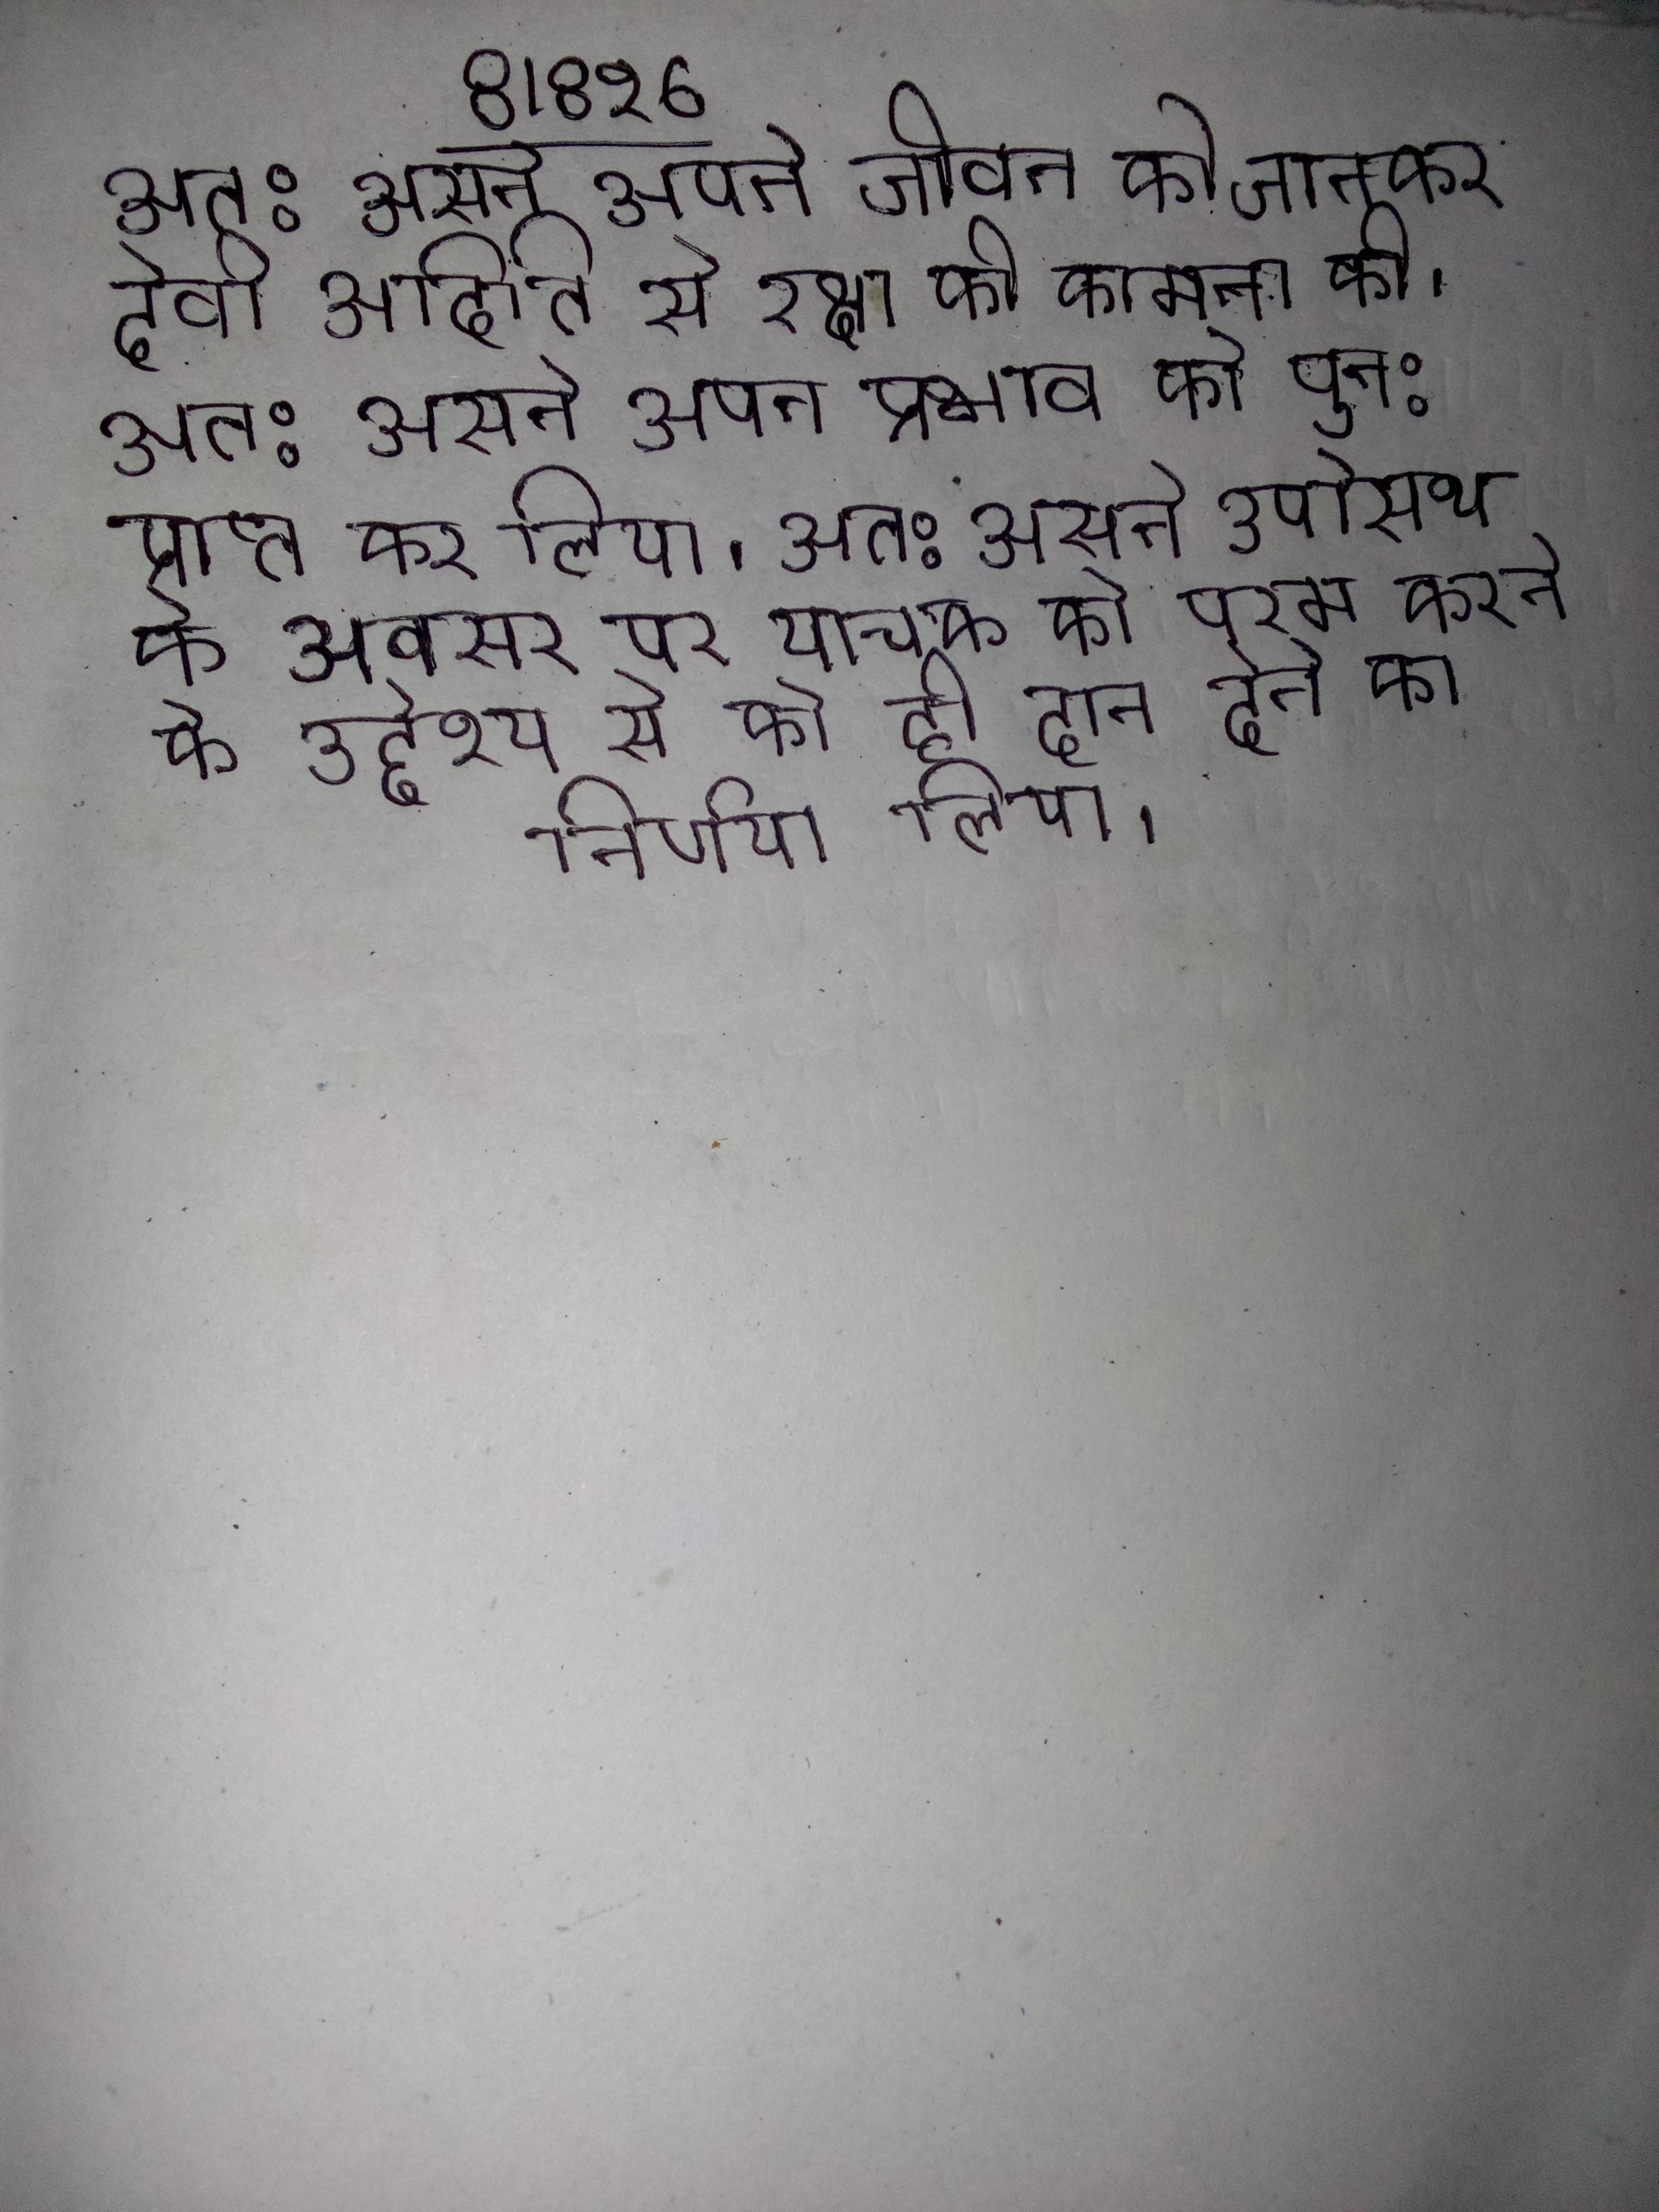
अत: उसने अपने जीवन को जानकर देवी अदिति से रक्षा की कामना की । अत: उसने अपने प्रभाव को पुन: प्राप्त कर लिया । अत: उसने उपोसथ के अवसर पर याचक को परम करने के उद्देश्य से को ही दान देने का निर्णय लिया ।